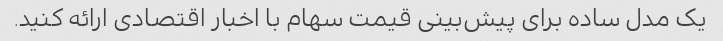
یک مدل ساده برای پیش‌بینی قیمت سهام با اخبار اقتصادی ارائه کنید.